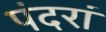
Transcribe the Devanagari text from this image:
पंदरां